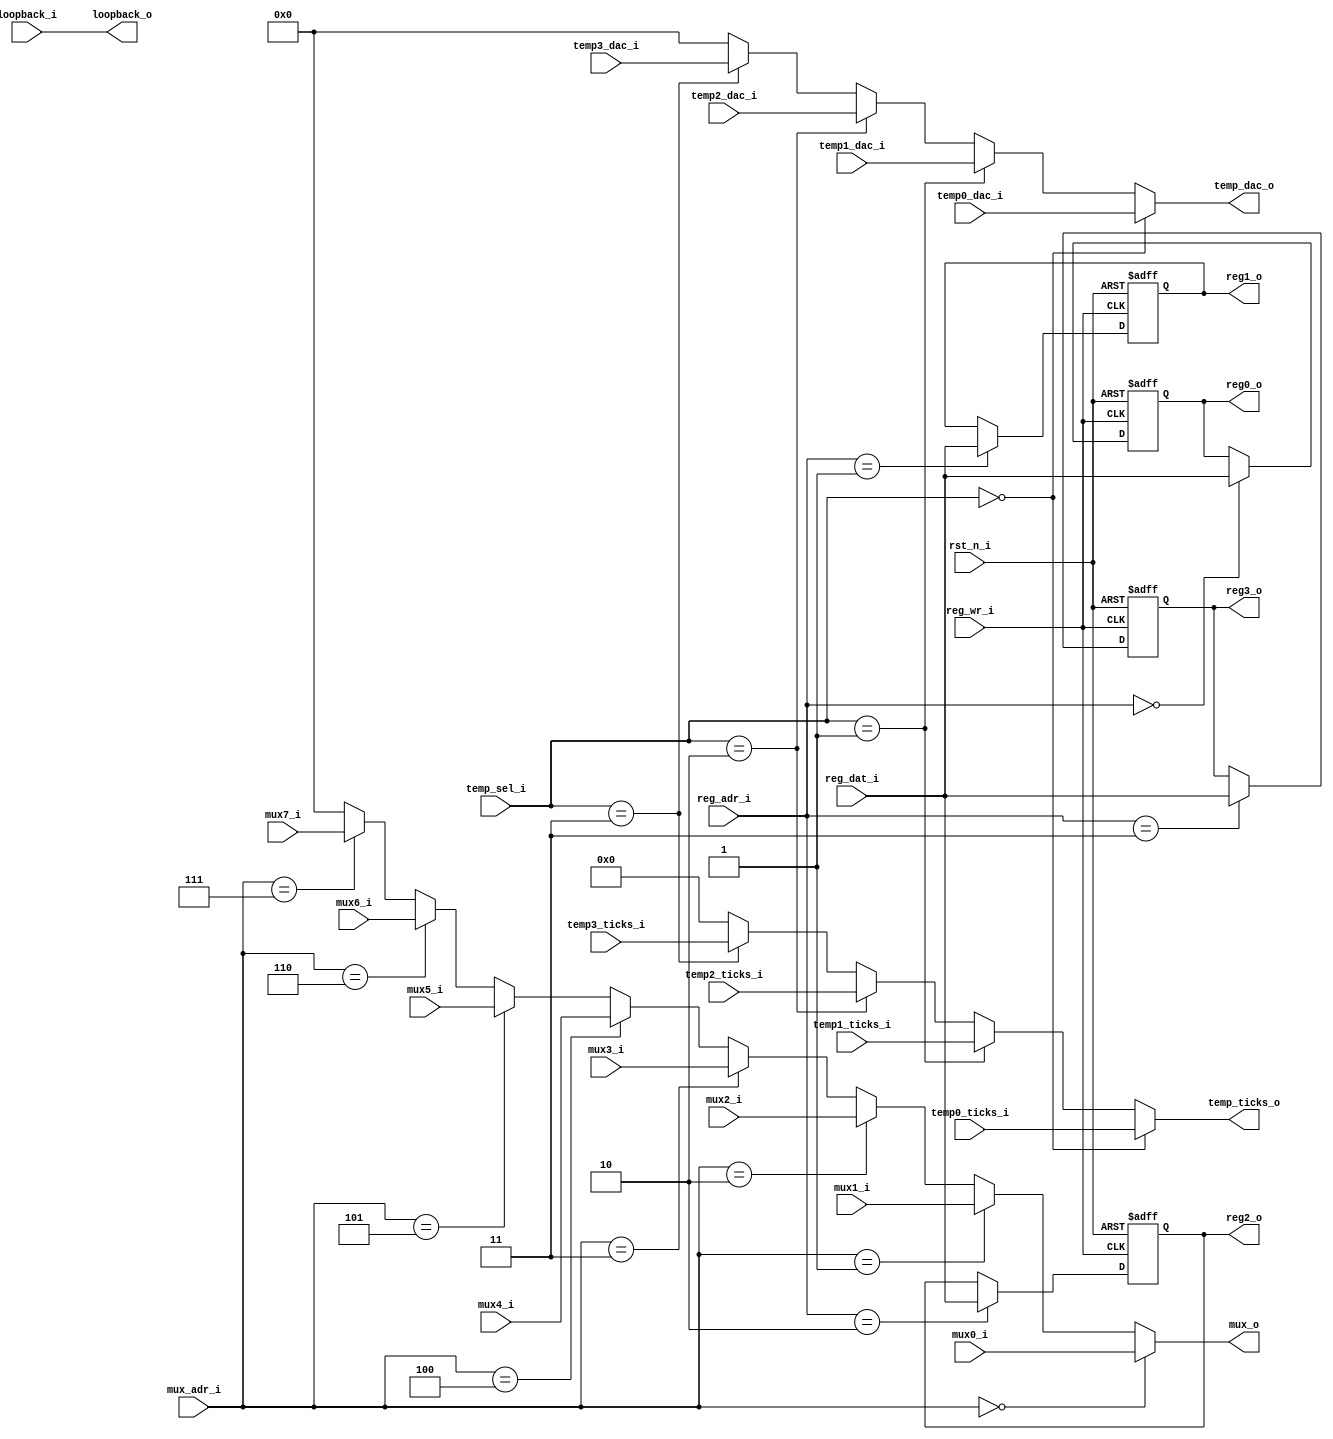
/*
 * Configuration register (4x 16b) and output mux
 *
 * SPDX-FileCopyrightText: 2022 Harald Pretl (harald.pretl@jku.at)
 * Johannes Kepler University Linz, Institute for Integrated Circuits
 *
 * SPDX-License-Identifier: Apache-2.0
 */

`default_nettype none
`timescale 10ns / 1ns
`ifndef __CONFIG_REG_MUX__
`define __CONFIG_REG_MUX__

module config_reg_mux (
`ifdef USE_POWER_PINS
    inout 				vccd1,	// User area 1 1.8V supply
    inout 				vssd1,	// User area 1 digital ground
`endif
	input				rst_n_i,

	input				reg_wr_i,
	input [1:0]			reg_adr_i,
	input [15:0]		reg_dat_i,
	output reg [15:0]	reg0_o,
	output reg [15:0]	reg1_o,
	output reg [15:0]	reg2_o,
	output reg [15:0]	reg3_o,
	
	input [2:0]			mux_adr_i,
	input [5:0]			mux0_i,
	input [5:0]			mux1_i,
	input [5:0]			mux2_i,
	input [5:0]			mux3_i,
	input [5:0]			mux4_i,
	input [5:0]			mux5_i,
	input [5:0]			mux6_i,
	input [5:0]			mux7_i,
	output wire [5:0]	mux_o,
	
	input [1:0]			temp_sel_i,
	input [5:0]			temp0_dac_i,
	input [5:0]			temp1_dac_i,
	input [5:0]			temp2_dac_i,
	input [5:0]			temp3_dac_i,
	output wire [5:0]	temp_dac_o,
	input [11:0]		temp0_ticks_i,
	input [11:0]		temp1_ticks_i,
	input [11:0]		temp2_ticks_i,
	input [11:0]		temp3_ticks_i,
	output wire [11:0]	temp_ticks_o,

	input				loopback_i,
	output wire			loopback_o
);

	assign loopback_o = loopback_i;

	always @(posedge reg_wr_i or negedge rst_n_i) begin
		if (rst_n_i == 1'b0) begin
			reg0_o <= 16'b0;
			reg1_o <= 16'b0;
			reg2_o <= 16'b0;
			reg3_o <= 16'b0;
		end else begin
			case (reg_adr_i)
				2'd0: reg0_o <= reg_dat_i;
				2'd1: reg1_o <= reg_dat_i;
				2'd2: reg2_o <= reg_dat_i;
				2'd3: reg3_o <= reg_dat_i;
			endcase
		end
	end

	assign mux_o =	(mux_adr_i==3'd0) ? mux0_i :
					(mux_adr_i==3'd1) ? mux1_i :
					(mux_adr_i==3'd2) ? mux2_i :
					(mux_adr_i==3'd3) ? mux3_i :
					(mux_adr_i==3'd4) ? mux4_i :
					(mux_adr_i==3'd5) ? mux5_i :
					(mux_adr_i==3'd6) ? mux6_i :
					(mux_adr_i==3'd7) ? mux7_i :
					6'b0;

	assign temp_dac_o =	(temp_sel_i==2'd0) ? temp0_dac_i :
						(temp_sel_i==2'd1) ? temp1_dac_i :
						(temp_sel_i==2'd2) ? temp2_dac_i :
						(temp_sel_i==2'd3) ? temp3_dac_i :
						6'b0;

	assign temp_ticks_o =	(temp_sel_i==2'd0) ? temp0_ticks_i :
							(temp_sel_i==2'd1) ? temp1_ticks_i :
							(temp_sel_i==2'd2) ? temp2_ticks_i :
							(temp_sel_i==2'd3) ? temp3_ticks_i :
							12'b0;

endmodule // config_reg_mux

`endif
`default_nettype wire